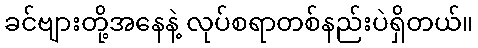
ခင်ဗျားတို့အနေနဲ့ လုပ်စရာတစ်နည်းပဲရှိတယ်။